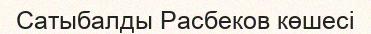
Сатыбалды Расбеков көшесі